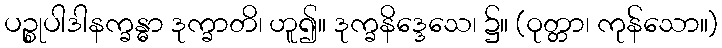
ပဉ္စုပါဒါနက္ခန္ဓာ ဒုက္ခာတိ၊ ဟူ၍။ ဒုက္ခနိဒ္ဒေသေ၊ ၌။ (ဝုတ္တာ၊ ကုန်သော။)